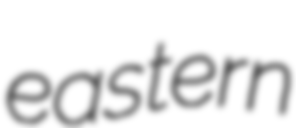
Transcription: eastern